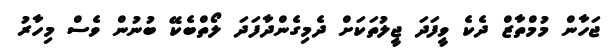
ޖަހާން މުމްތާޒް ދެކެ ވީފަދަ ޖީލުތަކަށް ދެމިގެންދާފަދަ ލޯތްބެކޭ ބުނުން ވެސް މިހާރު